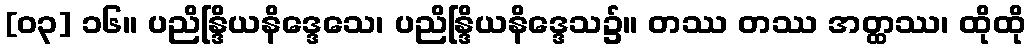
[၀၃] ၁၆။ ပညိန္ဒြိယနိဒ္ဒေသေ၊ ပညိန္ဒြိယနိဒ္ဒေသ၌။ တဿ တဿ အတ္ထဿ၊ ထိုထို